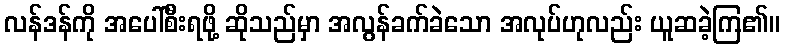
လန်ဒန်ကို အပေါ်စီးရဖို့ ဆိုသည်မှာ အလွန်ခက်ခဲသော အလုပ်ဟုလည်း ယူဆခဲ့ကြ၏။